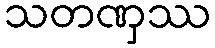
သတဏှဿ